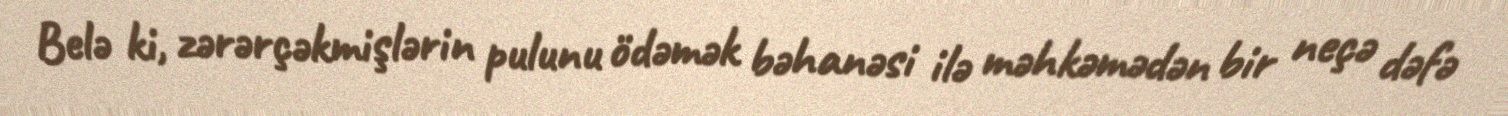
Belə ki, zərərçəkmişlərin pulunu ödəmək bəhanəsi ilə məhkəmədən bir neçə dəfə